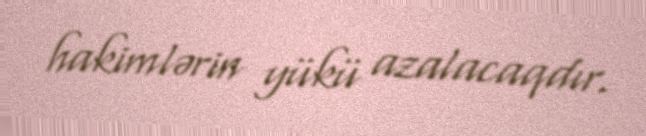
hakimlərin yükü azalacaqdır.